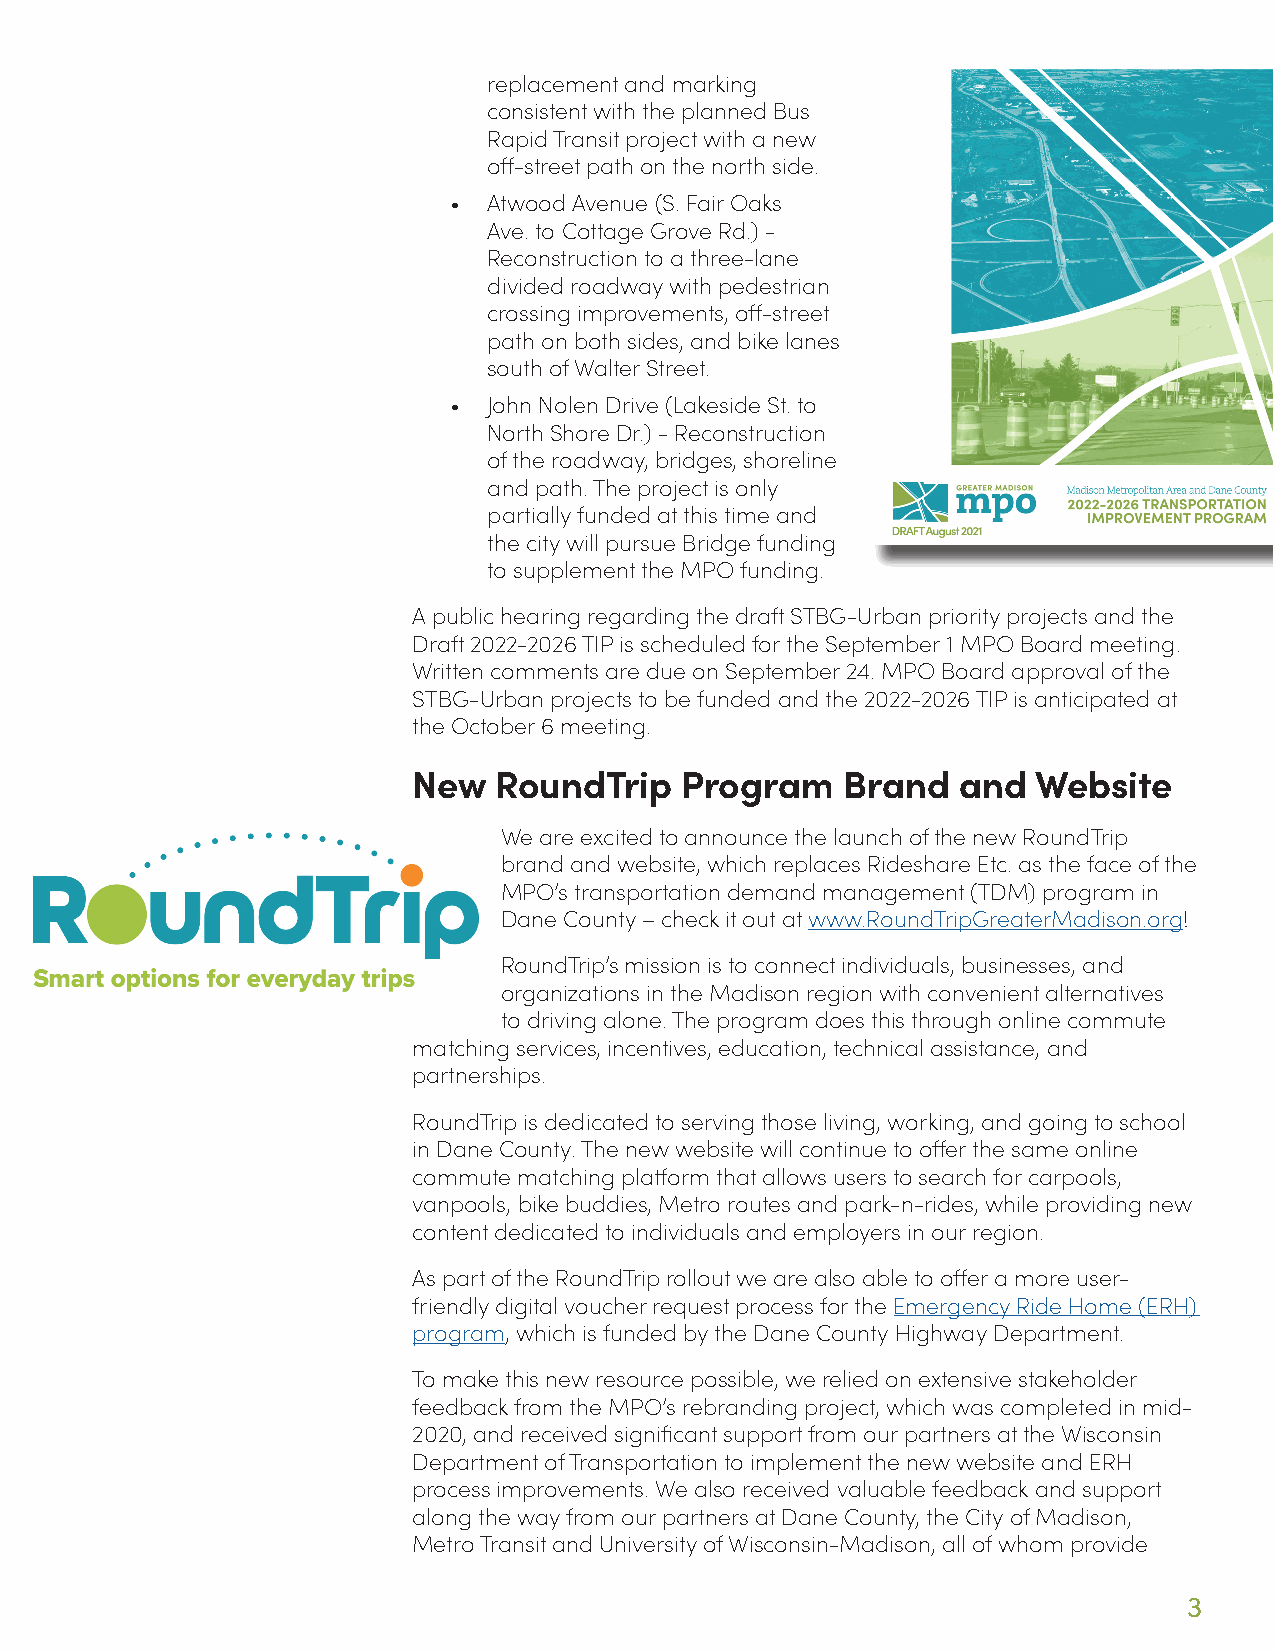
replacement and marking
 consistent with the planned Bus
 Rapid Transit project with a new
 off-street path on the north side.
 • Atwood Avenue (S. Fair Oaks
 Ave. to Cottage Grove Rd.) -
 Reconstruction to a three-lane
 divided roadway with pedestrian
 crossing improvements, off-street
 path on both sides, and bike lanes
 south of Walter Street.
 • John Nolen Drive (Lakeside St. to
 North Shore Dr.) - Reconstruction
 of the roadway, bridges, shoreline
 and path. The project is only
 partially funded at this time and
 the city will pursue Bridge funding
 to supplement the MPO funding.
 A public hearing regarding the draft STBG-Urban priority projects and the
 Draft 2022-2026 TIP is scheduled for the September 1 MPO Board meeting.
 Written comments are due on September 24. MPO Board approval of the
 STBG-Urban projects to be funded and the 2022-2026 TIP is anticipated at
 the October 6 meeting.
 New   RoundTrip   Program    Brand  and   Website
 We are excited to announce the launch of the new RoundTrip
 brand and website, which replaces Rideshare Etc. as the face of the
 MPO’s transportation demand management (TDM) program in
 Dane County – check it out at www.RoundTripGreaterMadison.org!
 RoundTrip’s mission is to connect individuals, businesses, and
 organizations in the Madison region with convenient alternatives
 to driving alone. The program does this through online commute
 matching services, incentives, education, technical assistance, and
 partnerships.
 RoundTrip is dedicated to serving those living, working, and going to school
 in Dane County. The new website will continue to offer the same online
 commute matching platform that allows users to search for carpools,
 vanpools, bike buddies, Metro routes and park-n-rides, while providing new
 content dedicated to individuals and employers in our region.
 As part of the RoundTrip rollout we are also able to offer a more user-
 friendly digital voucher request process for the Emergency Ride Home (ERH)
 program, which is funded by the Dane County Highway Department.
 To make this new resource possible, we relied on extensive stakeholder
 feedback from the MPO’s rebranding project, which was completed in mid-
 2020, and received significant support from our partners at the Wisconsin
 Department of Transportation to implement the new website and ERH
 process improvements. We also received valuable feedback and support
 along the way from our partners at Dane County, the City of Madison,
 Metro Transit and University of Wisconsin-Madison, all of whom provide
 3